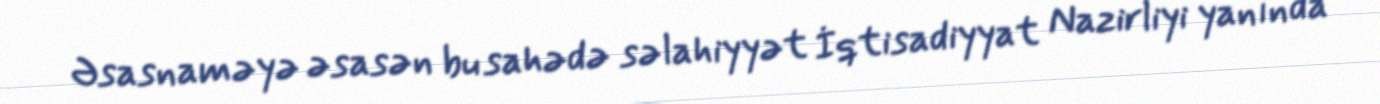
Əsasnaməyə əsasən bu sahədə səlahiyyət İqtisadiyyat Nazirliyi yanında